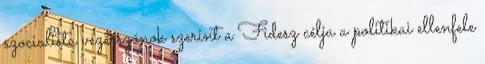
szocialista vezérszónok szerint a Fidesz célja a politikai ellenfele